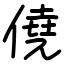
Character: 僥